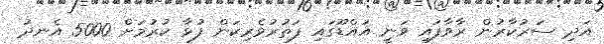
އަދި ސަރުކާރުން ރާވާފައި ވަނީ އައްޑޫގައި ފަތުރުވެރިކަން ފުޅާ ކުރުމަށް 5000 އެނދު